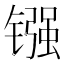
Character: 镪